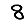
Digit: 8